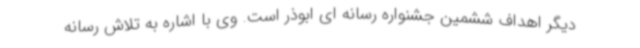
دیگر اهداف ششمین جشنواره رسانه ای ابوذر است. وی با اشاره به تلاش رسانه